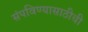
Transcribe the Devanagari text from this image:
संपविण्यासाठीची